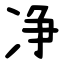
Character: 净